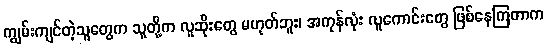
ကျွမ်းကျင်တဲ့သူတွေက သူတို့က လူဆိုးတွေ မဟုတ်ဘူး၊ အကုန်လုံး လူကောင်းတွေ ဖြစ်နေကြတာက